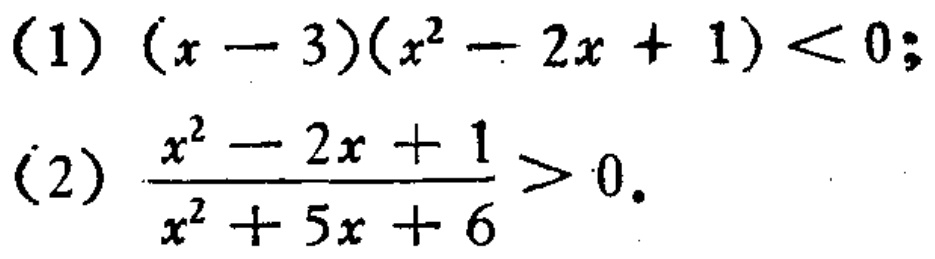
(1) \((x - 3)(x^{2}-2x + 1)<0\);
(2) \(\frac{x^{2}-2x + 1}{x^{2}+5x + 6}>0\).